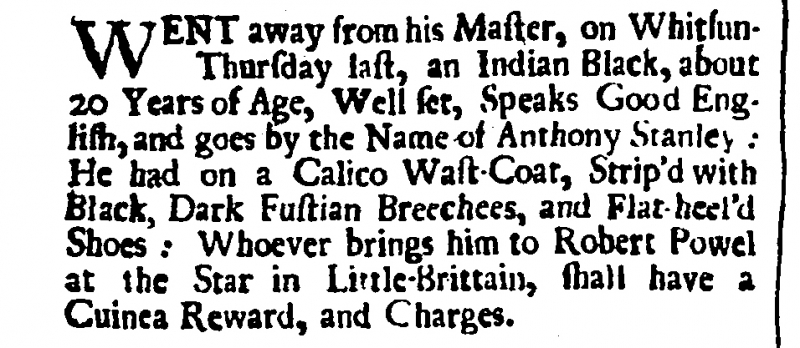
London Post with Intelligence Foreign and Domestick, 15 June 1702 (England)
WENT away from his Master, on Whitsun-Thursday last, an Indian Black, about 20 Years of Age, Well set, Speaks Good English, and goes by the Name of Anthony Stanley: He had on a Calico Wast-Coat, Strip’d with Black, Dark Fustian Breeches, and Flat-heel’d Shoes: Whoever brings him to Robert Powel at the Star in Little-Brittain, shall have a Guinea Reward, and Charges.